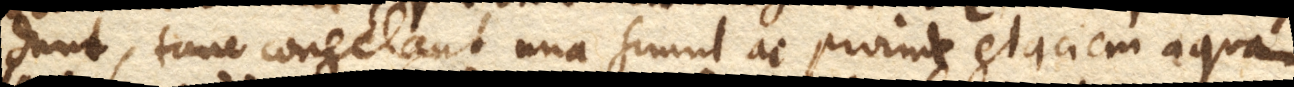
dunt, tunc congelant una simul ac proinde glaciem aqua